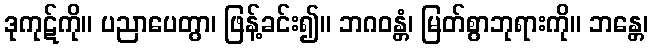
ဒုကုဋ်ကို။ ပညာပေတွာ၊ ဖြန့်ခင်း၍။ ဘဂဝန္တံ၊ မြတ်စွာဘုရားကို။ ဘန္တေ၊